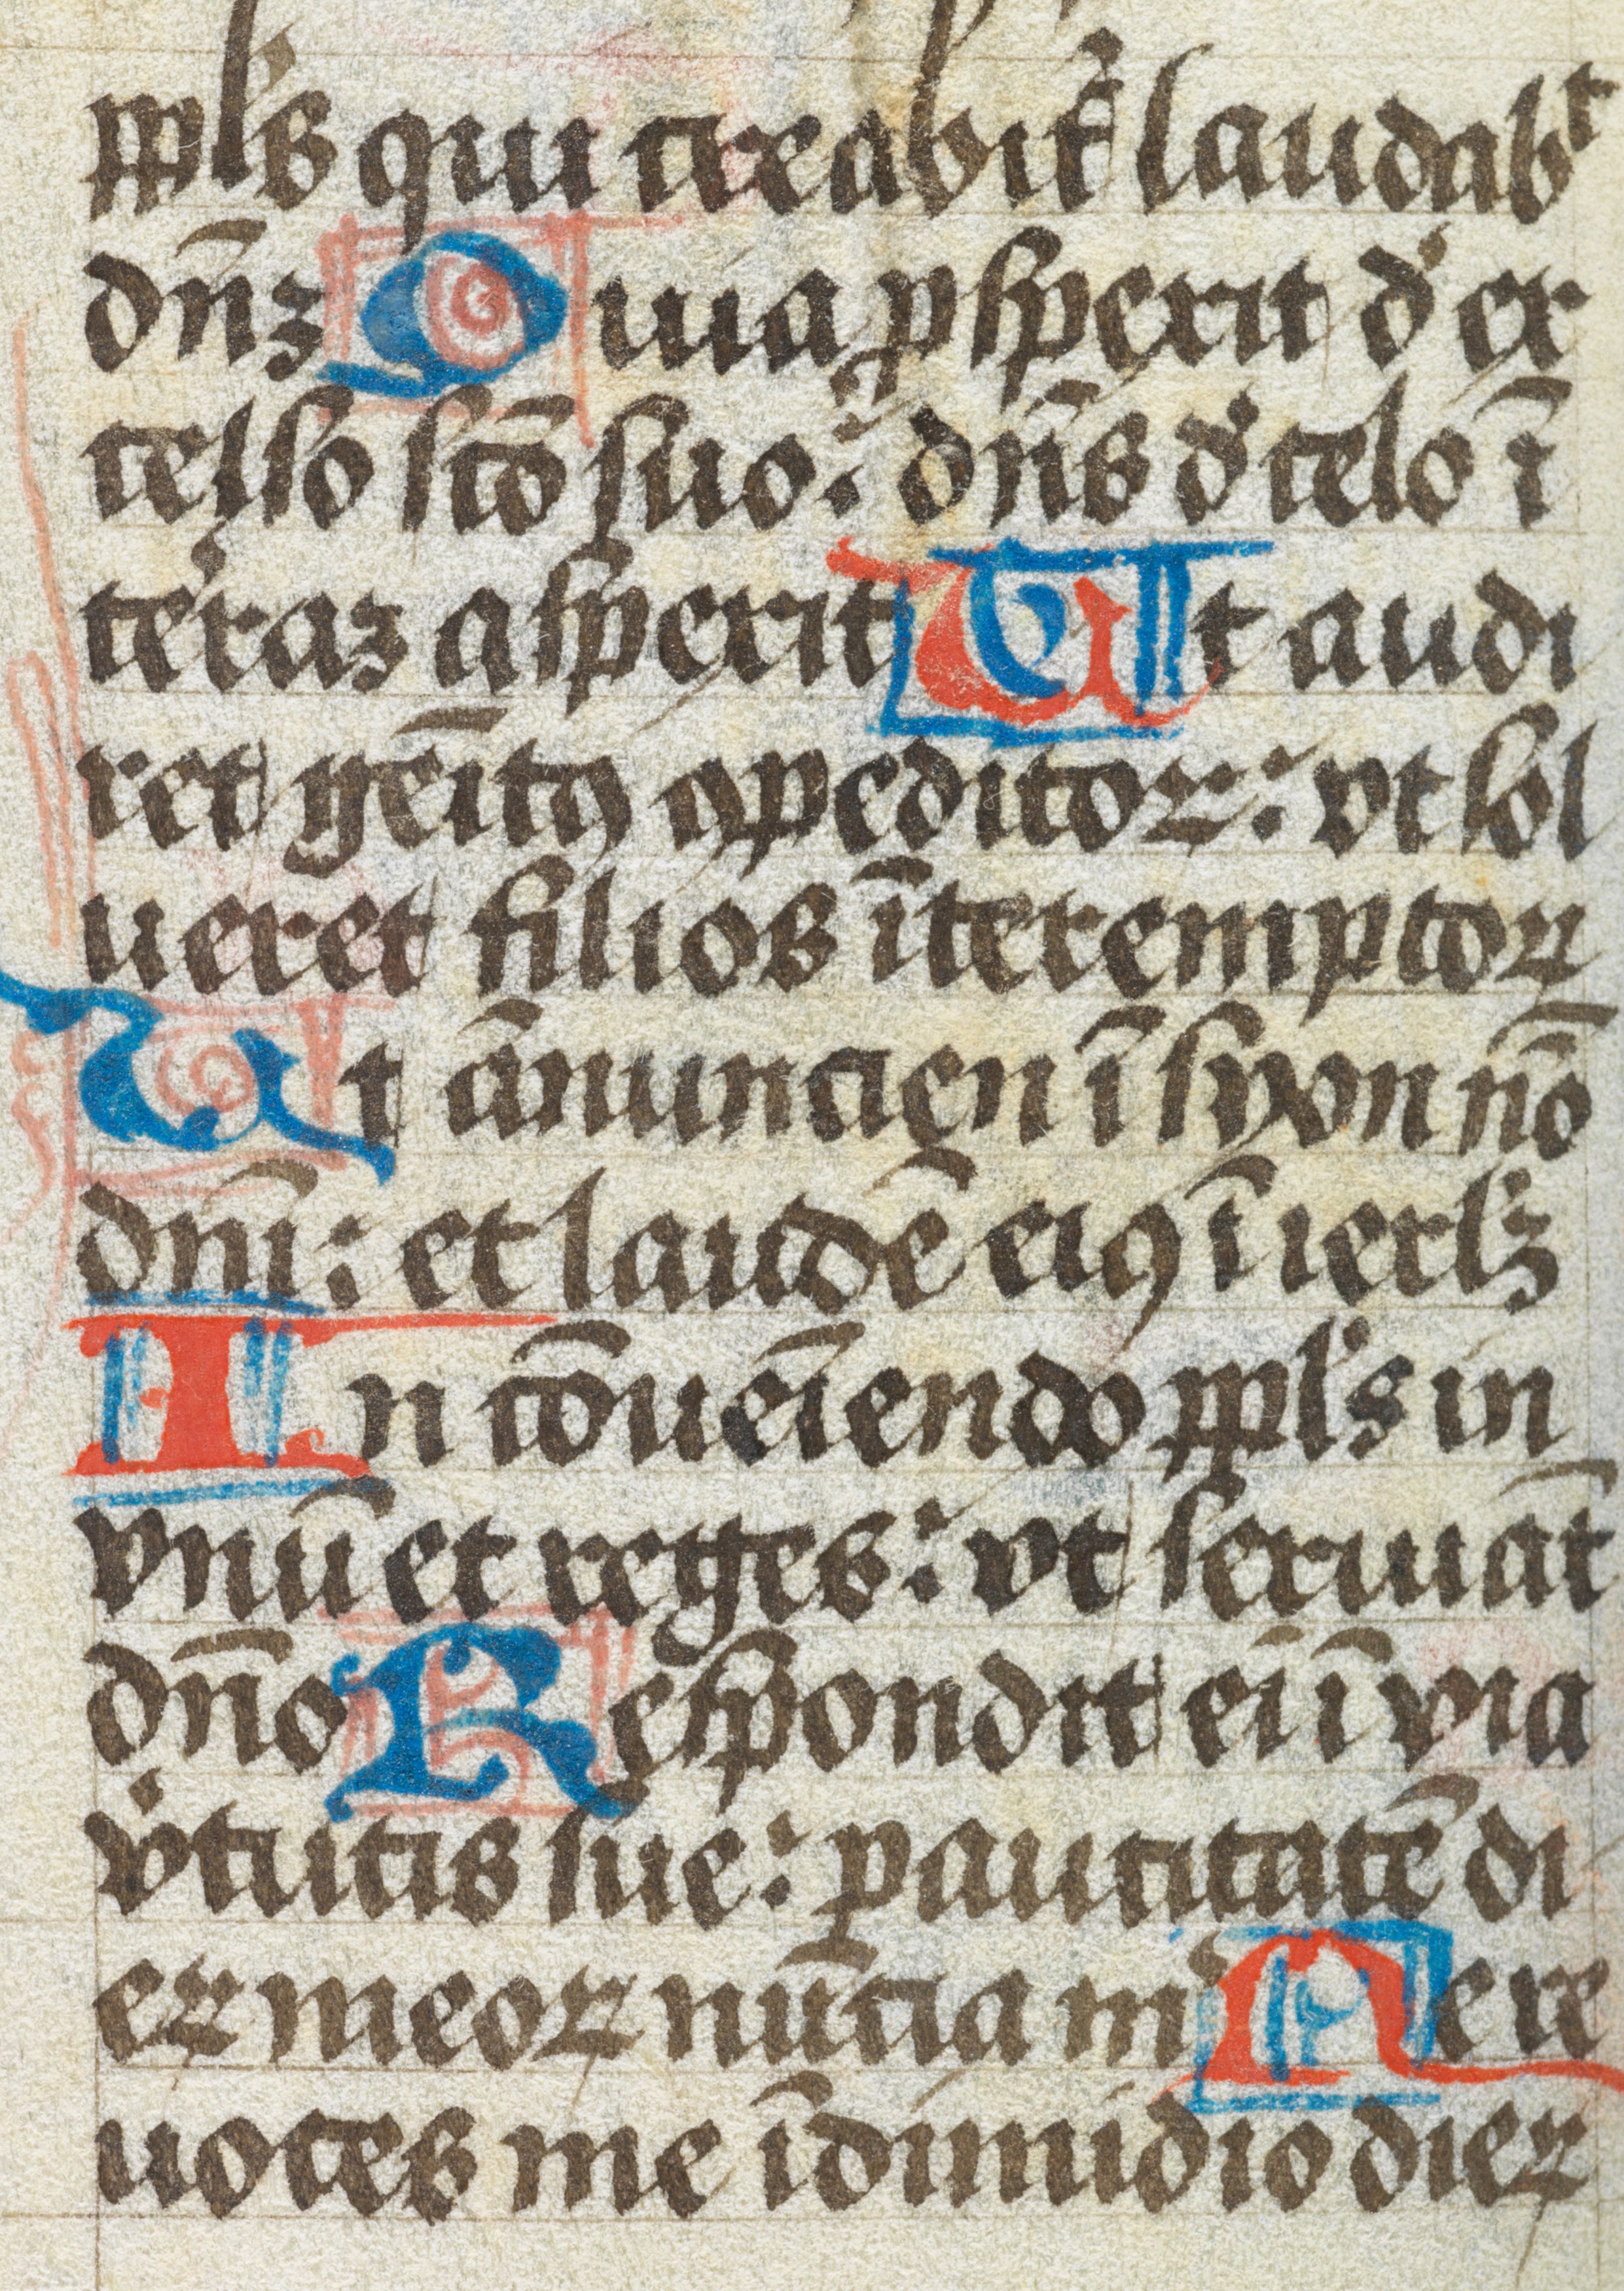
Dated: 1450–1499